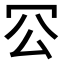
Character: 𠕺